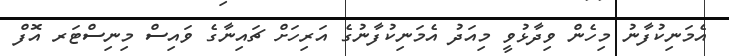
އެމަނިކުފާނު މިހެން ވިދާޅުވީ މިއަދު އެމަނިކުފާނުގެ އަރިހަށް ޗައިނާގެ ވައިސް މިނިސްޓަރ އޮފް